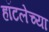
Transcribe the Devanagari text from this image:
हॉटलेच्या